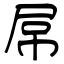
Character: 屌